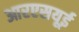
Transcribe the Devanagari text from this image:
आरएसयूई